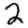
Digit: 2